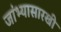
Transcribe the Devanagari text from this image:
जांभ्यासारखी